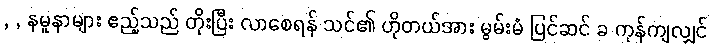
, , နမူနာများ ဧည့်သည် တိုးပြီး လာစေရန် သင်၏ ဟိုတယ်အား မွမ်းမံ ပြင်ဆင် ခ ကုန်ကျလျှင်